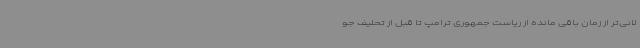
لانی‌تر از زمان باقی مانده از ریاست جمهوری ترامپ تا قبل از تحلیف جو